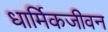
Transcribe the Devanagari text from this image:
धार्मिकजीवन